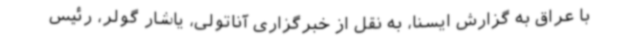
با عراق به گزارش ایسنا، به نقل از خبرگزاری آناتولی، یاشار گولر، رئیس